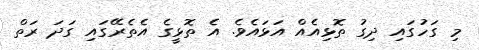
މި ގަހުގައި ދިގު ތޮޅިއެއް އަޅައެވެ. އެ ތޮޅީގެ އެތެރޭގައި ގަދަ ރަތް